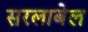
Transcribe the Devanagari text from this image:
सरलाबेल